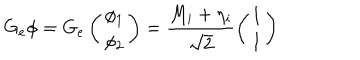
G _ { e } \phi = G _ { e } \left( \begin{array} { c } { { \phi _ { 1 } } } \\ { { \phi _ { 2 } } } \\ \end{array} \right) = \frac { M _ { i } + \eta _ { i } } { \sqrt { 2 } } \left( \begin{array} { c } { { 1 } } \\ { { 1 } } \\ \end{array} \right)